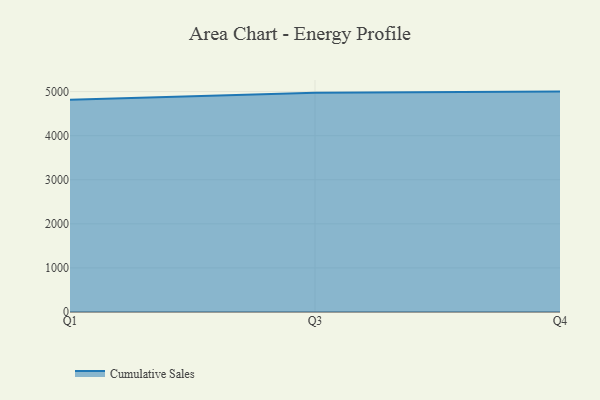
{"axis": {"x": "Quarter", "y": "Backlog"}, "legend": ["Cumulative Sales"], "data": [{"x": "Q1", "y": 4816.0, "type": "Cumulative Sales"}, {"x": "Q3", "y": 4971.9, "type": "Cumulative Sales"}, {"x": "Q4", "y": 5000, "type": "Cumulative Sales"}]}